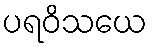
ပရဝိသယေ